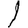
Digit: 1